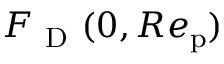
{ F _ { \mathrm { ~ D ~ } } } ( 0 , R e _ { \mathrm { p } } )